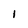
Character: I